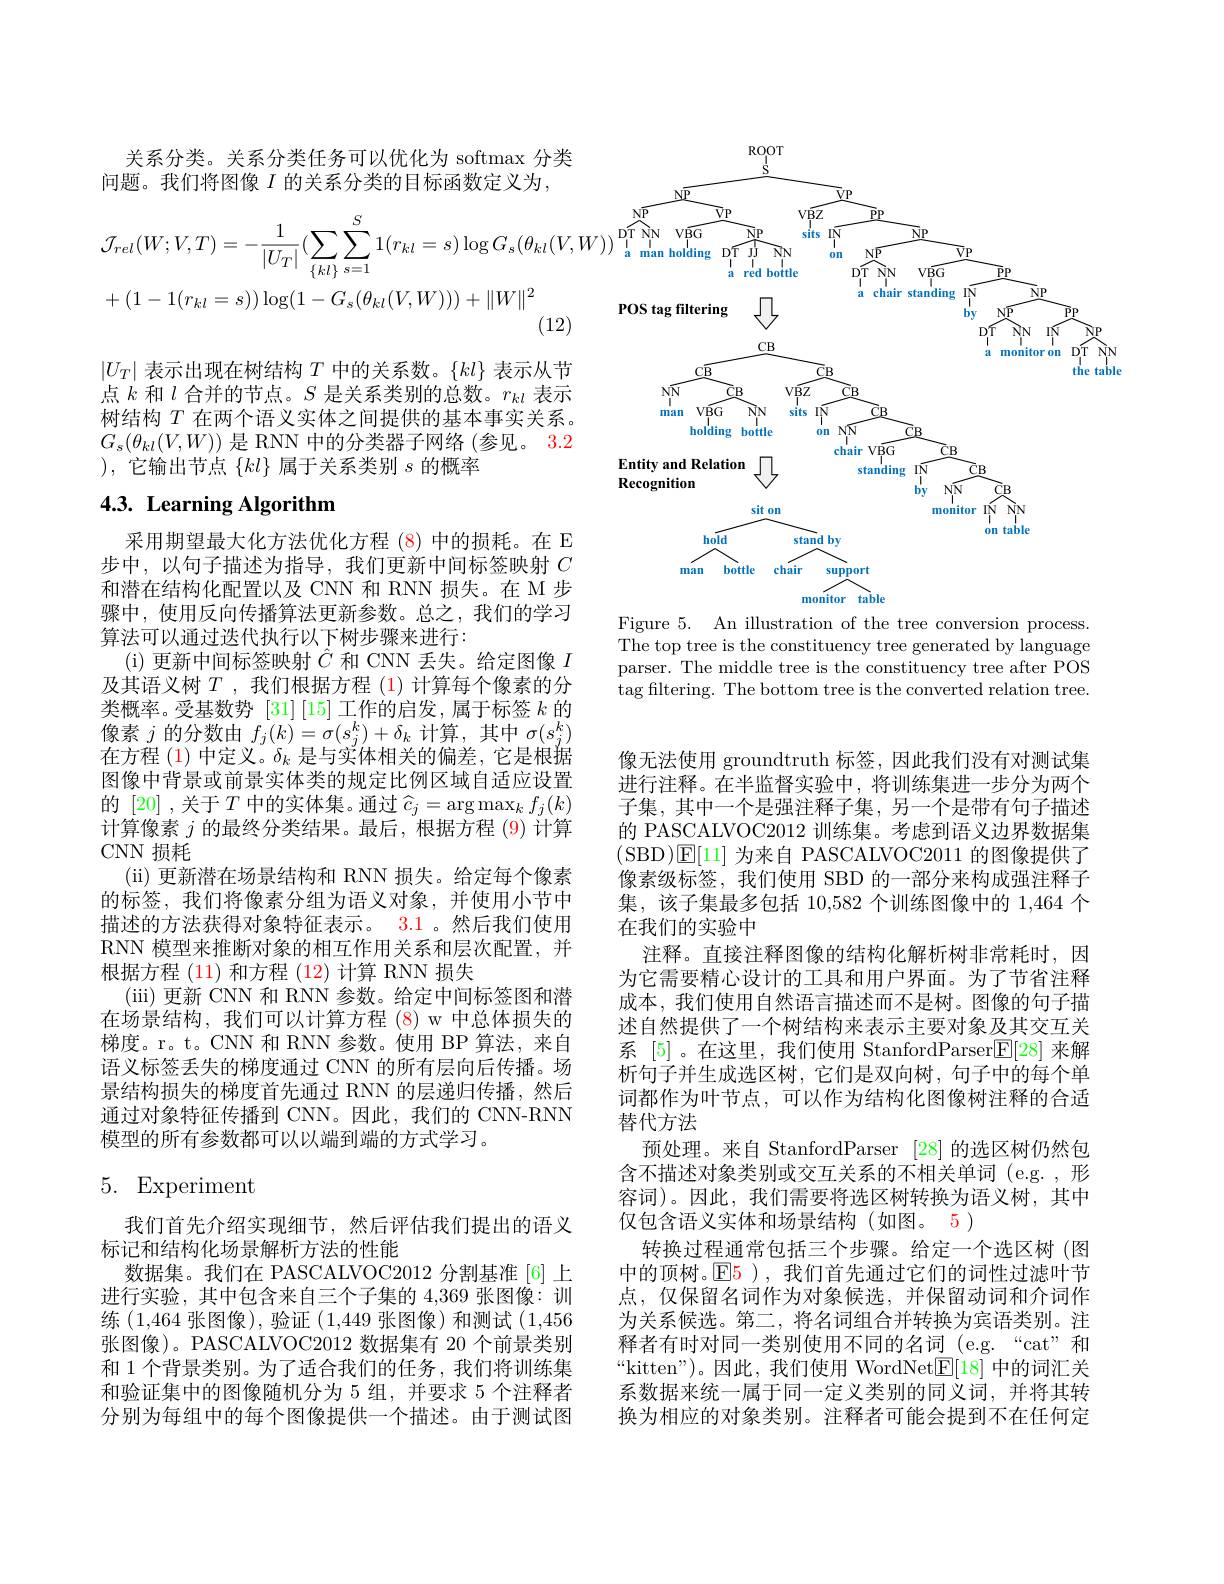
关系分类。关系分类任务可以优化为 softmax 分类
问题。我们将图像 $I$ 的关系分类的目标函数定义为，
$$\begin{aligned}&\mathcal{J}_{rel}(W;V,T)=-\frac{1}{|U_{T}|}(\sum_{\{kl\}}\sum_{s=1}^{S}1(r_{kl}=s)\log G_{s}(\theta_{kl}(V\\&+(1-1(r_{kl}=s))\log(1-G_{s}(\theta_{kl}(V,W)))+\|W\|^{2}\end{aligned}$$
$$|U_T|$表示出现在树结构$T$中的关系数。{kl}\}$表示从节点$k$和$l$合并的节点。$S$是关系类别的总数。$r_kl$表示树结构$T$在两个语义实体之间提供的基本事实关系。$G_{s}(\theta_{kl}(V,W))$是 RNN 中的分类器子网络 (参见。3.2 ),它输出节点$\{kl\}$属于关系类别$s$的概率

# $4. 3. \textbf{ Learning Algorithm}$

采用期望最大化方法优化方程 (8)中的损耗。在 E 步中，以句子描述为指导，我们更新中间标签映射$C$ 和潜在结构化配置以及 CNN 和 RNN 损失。在 M 步骤中，使用反向传播算法更新参数。总之，我们的学习算法可以通过迭代执行以下树步骤来进行：
(i) 更新中间标签映射$\hat{C}$和 CNN 丢失。给定图像$I$ 及其语义树$T$ ,我们根据方程 (1)计算每个像素的分类概率。受基数势$[31]\left[15\right]$工作的启发，属于标签$k$的像素$j$的分数由$f_j(k)=\sigma(s_j^k)+\delta_k$计算，其中$\sigma(s_j^k)$ 在方程(1)中定义。$\delta_k$是与实体相关的偏差，它是根据图像中背景或前景实体类的规定比例区域自适应设置的[20] ,关于$T$中的实体集。通过$\widehat{c}_j=\arg\max_kf_j(k)$ 计算像素$j$的最终分类结果。最后，根据方程 (9) 计算CNN 损耗
( ii) 更新潜在场景结构和 RNN 损失。给定每个像素的标签，我们将像素分组为语义对象，并使用小节中描述的方法获得对象特征表示。3.1 。然后我们使用RNN 模型来推断对象的相互作用关系和层次配置，并根据方程 (11) 和方程 (12) 计算 RNN 损失
(iii) 更新 CNN 和 RNN 参数。给定中间标签图和潜在场景结构，我们可以计算方程 (8) w 中总体损失的梯度。r。t。CNN 和 RNN 参数。使用 BP 算法，来自语义标签丢失的梯度通过 CNN 的所有层向后传播。场景结构损失的梯度首先通过 RNN 的层递归传播，然后通过对象特征传播到 CNN。因此，我们的 CNN-RNN 模型的所有参数都可以以端到端的方式学习。

# 5. Experiment

我们首先介绍实现细节，然后评估我们提出的语义
标记和结构化场景解析方法的性能
数据集。我们在 PASCALVOC2012 分割基准 [6]上进行实验，其中包含来自三个子集的 4,369 张图像：训练(1,464张图像),验证(1,449张图像)和测试(1,456张图像)。PASCALVOC2012 数据集有 20 个前景类别和 1 个背景类别。为了适合我们的任务，我们将训练集和验证集中的图像随机分为 5 组，并要求 5 个注释者分别为每组中的每个图像提供一个描述。由于测试图

<FigureHere>
Figure 5. An illustration of the tree conversion process

The top tree is the constituency tree generated by language parser. The middle tree is the constituency tree after POS tag filtering. The bottom tree is the converted relation tree.

像无法使用 groundtruth 标签，因此我们没有对测试集进行注释。在半监督实验中，将训练集进一步分为两个子集，其中一个是强注释子集，另一个是带有句子描述的 PASCALVOC2012 训练集。考虑到语义边界数据集(SBD)E[11]为来自 PASCALVOC2011 的图像提供了像素级标签，我们使用 SBD 的一部分来构成强注释子集，该子集最多包括 10,582 个训练图像中的 1,464 个在我们的实验中
注释。直接注释图像的结构化解析树非常耗时，因为它需要精心设计的工具和用户界面。为了节省注释成本，我们使用自然语言描述而不是树。图像的句子描述自然提供了一个树结构来表示主要对象及其交互关系 [5]。在这里，我们使用 StanfordParser$\boxed{\mathrm{F}}[28]$来解析句子并生成选区树，它们是双向树，句子中的每个单词都作为叶节点，可以作为结构化图像树注释的合适替代方法
预处理。来自 StanfordParser [28]的选区树仍然包含不描述对象类别或交互关系的不相关单词 (e.g. , 形容词)。因此，我们需要将选区树转换为语义树，其中仅包含语义实体和场景结构(如图。5)
转换过程通常包括三个步骤。给定一个选区树(图中的顶树。$\mathbb{E}$5 ),我们首先通过它们的词性过滤叶节点，仅保留名词作为对象候选，并保留动词和介词作为关系候选。第二，将名词组合并转换为宾语类别。注释者有时对同一类别使用不同的名词 (e.g.“cat”和“kitten”)。因此，我们使用 WordNet$\underline{\mathrm{E}}[18]$中的词汇关系数据来统一属于同一定义类别的同义词，并将其转换为相应的对象类别。注释者可能会提到不在任何定